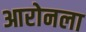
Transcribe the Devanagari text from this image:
आरोनला